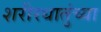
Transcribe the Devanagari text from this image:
शरीरधातुंच्या